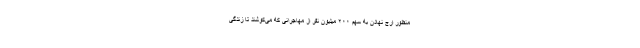
منظور ارج نهادن به سهم ۲۰۰ میلیون نفر از مهاجرانی که می‌کوشند تا زندگی